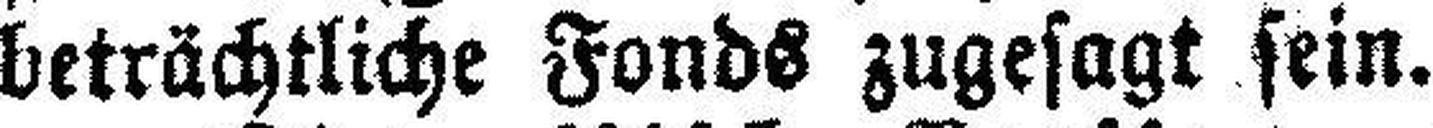
beträchtliche Fonds zugesagt sein.